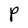
Character: P